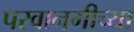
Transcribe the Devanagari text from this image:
परवानगीच्या